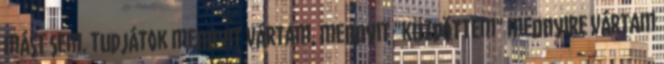
mást sem. tudjátok mennyit vártam, mennyit "küzdöttem" mennyire vártam